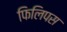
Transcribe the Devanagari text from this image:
फिलिपस